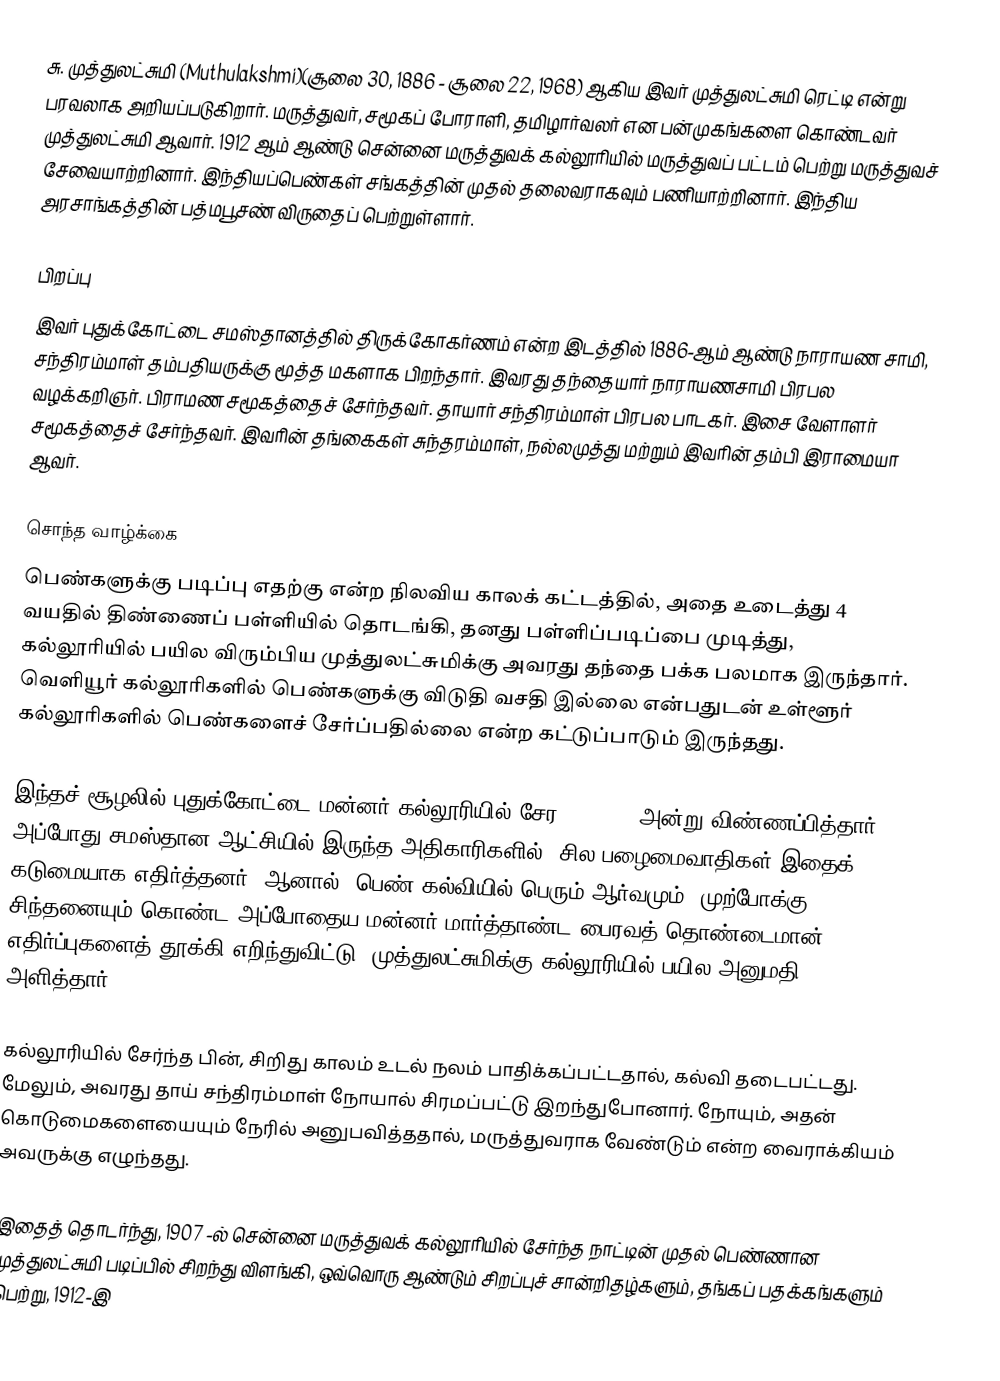
சு. முத்துலட்சுமி (Muthulakshmi)(சூலை 30, 1886 - சூலை 22, 1968)  ஆகிய இவர் முத்துலட்சுமி ரெட்டி என்று பரவலாக அறியப்படுகிறார். மருத்துவர், சமூகப் போராளி, தமிழார்வலர் என பன்முகங்களை கொண்டவர் முத்துலட்சுமி ஆவார். 1912 ஆம் ஆண்டு சென்னை மருத்துவக் கல்லூரியில் மருத்துவப் பட்டம் பெற்று மருத்துவச் சேவையாற்றினார். இந்தியப்பெண்கள் சங்கத்தின் முதல் தலைவராகவும் பணியாற்றினார். இந்திய அரசாங்கத்தின் பத்மபூசண் விருதைப் பெற்றுள்ளார்.

பிறப்பு
இவர் புதுக்கோட்டை சமஸ்தானத்தில் திருக்கோகர்ணம் என்ற இடத்தில் 1886-ஆம் ஆண்டு நாராயண சாமி, சந்திரம்மாள் தம்பதியருக்கு மூத்த மகளாக பிறந்தார். இவரது தந்தையார் நாராயணசாமி பிரபல வழக்கறிஞர். பிராமண சமூகத்தைச் சேர்ந்தவர். தாயார் சந்திரம்மாள் பிரபல பாடகர். இசை வேளாளர் சமூகத்தைச் சேர்ந்தவர். இவரின் தங்கைகள் சுந்தரம்மாள், நல்லமுத்து மற்றும் இவரின் தம்பி இராமையா ஆவர்.

சொந்த வாழ்க்கை
பெண்களுக்கு படிப்பு எதற்கு என்ற நிலவிய காலக் கட்டத்தில், அதை உடைத்து 4 வயதில் திண்ணைப் பள்ளியில் தொடங்கி, தனது பள்ளிப்படிப்பை முடித்து, கல்லூரியில் பயில விரும்பிய முத்துலட்சுமிக்கு அவரது தந்தை பக்க பலமாக இருந்தார். வெளியூர் கல்லூரிகளில் பெண்களுக்கு விடுதி வசதி இல்லை என்பதுடன் உள்ளூர் கல்லூரிகளில் பெண்களைச் சேர்ப்பதில்லை என்ற கட்டுப்பாடும் இருந்தது.

இந்தச் சூழலில் புதுக்கோட்டை மன்னர் கல்லூரியில் சேர 4.2.1904 அன்று விண்ணப்பித்தார். அப்போது சமஸ்தான ஆட்சியில் இருந்த அதிகாரிகளில், சில பழைமைவாதிகள் இதைக் கடுமையாக எதிர்த்தனர். ஆனால், பெண் கல்வியில் பெரும் ஆர்வமும், முற்போக்கு சிந்தனையும் கொண்ட அப்போதைய மன்னர் மார்த்தாண்ட பைரவத் தொண்டைமான் எதிர்ப்புகளைத் தூக்கி எறிந்துவிட்டு, முத்துலட்சுமிக்கு கல்லூரியில் பயில அனுமதி அளித்தார்.

கல்லூரியில் சேர்ந்த பின், சிறிது காலம் உடல் நலம் பாதிக்கப்பட்டதால், கல்வி தடைபட்டது. மேலும், அவரது தாய் சந்திரம்மாள் நோயால் சிரமப்பட்டு இறந்துபோனார். நோயும், அதன் கொடுமைகளையையும் நேரில் அனுபவித்ததால், மருத்துவராக வேண்டும் என்ற வைராக்கியம் அவருக்கு எழுந்தது.

இதைத் தொடர்ந்து, 1907 -ல் சென்னை மருத்துவக் கல்லூரியில் சேர்ந்த நாட்டின் முதல் பெண்ணான முத்துலட்சுமி படிப்பில் சிறந்து விளங்கி, ஒவ்வொரு ஆண்டும் சிறப்புச் சான்றிதழ்களும், தங்கப் பதக்கங்களும் பெற்று, 1912-இ